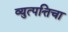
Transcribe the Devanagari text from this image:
व्युत्पत्तिचा